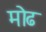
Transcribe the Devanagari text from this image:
मोढ